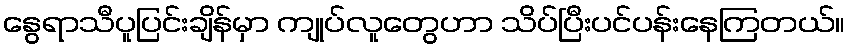
နွေရာသီပူပြင်းချိန်မှာ ကျုပ်လူတွေဟာ သိပ်ပြီးပင်ပန်းနေကြတယ်။